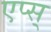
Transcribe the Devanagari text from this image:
एप्स्